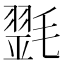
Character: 𣯰